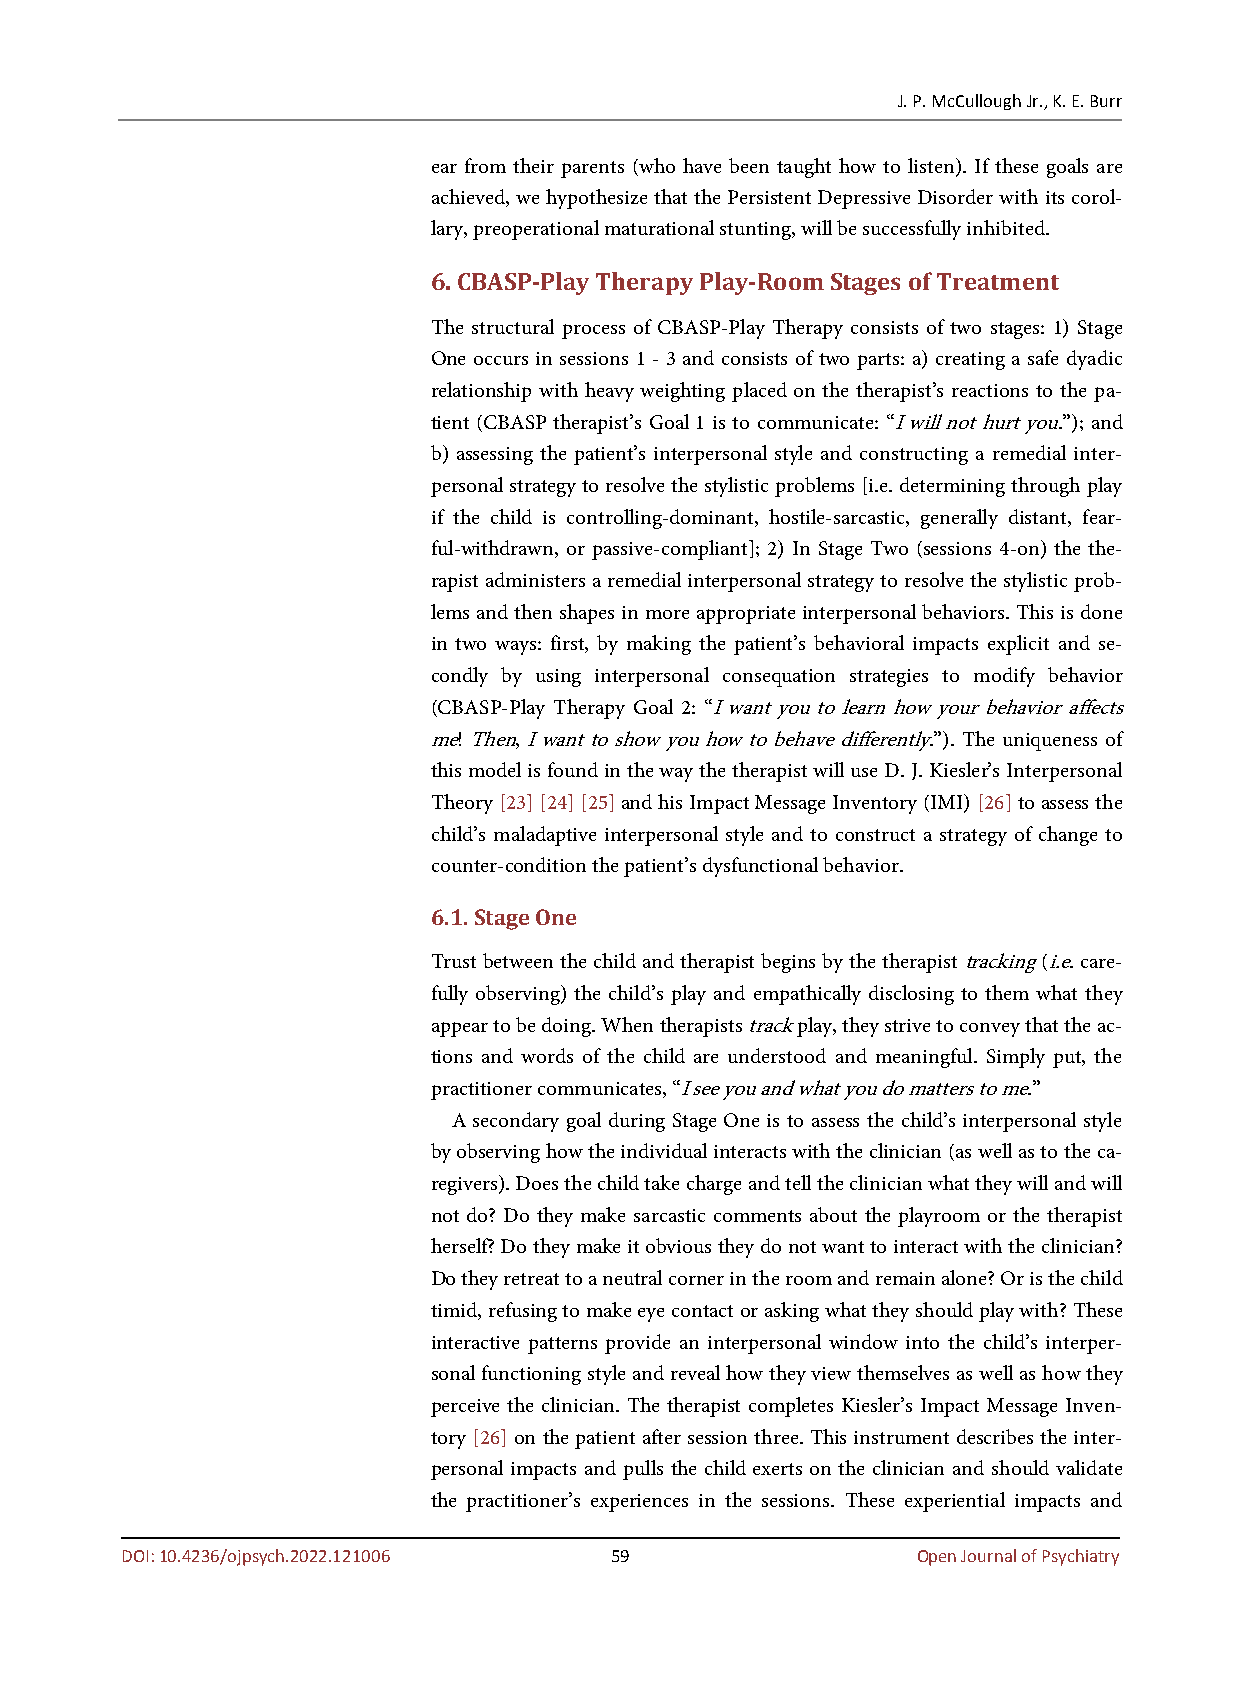
J. P. McCullough Jr., K. E. Burr
 ear from their parents (who have been taught how to listen). If these goals are
 achieved, we hypothesize that the Persistent Depressive Disorder with its corol-
 lary, preoperational maturational stunting, will be successfully inhibited.
 6. CBASP-Play Therapy Play-Room Stages of Treatment
 The structural process of CBASP-Play Therapy consists of two stages: 1) Stage
 One occurs in sessions 1 - 3 and consists of two parts: a) creating a safe dyadic
 relationship with heavy weighting placed on the therapist’s reactions to the pa-
 tient (CBASP therapist’s Goal 1 is to communicate: “I will not hurt you.”); and
 b) assessing the patient’s interpersonal style and constructing a remedial inter-
 personal strategy to resolve the stylistic problems [i.e. determining through play
 if the child is controlling-dominant, hostile-sarcastic, generally distant, fear-
 ful-withdrawn, or passive-compliant]; 2) In Stage Two (sessions 4-on) the the-
 rapist administers a remedial interpersonal strategy to resolve the stylistic prob-
 lems and then shapes in more appropriate interpersonal behaviors. This is done
 in two ways: first, by making the patient’s behavioral impacts explicit and se-
 condly by using interpersonal consequation strategies to modify behavior
 (CBASP-Play Therapy Goal 2: “I want you to learn how your behavior affects
 me! Then, I want to show you how to behave differently.”). The uniqueness of
 this model is found in the way the therapist will use D. J. Kiesler’s Interpersonal
 Theory [23] [24] [25] and his Impact Message Inventory (IMI) [26] to assess the
 child’s maladaptive interpersonal style and to construct a strategy of change to
 counter-condition the patient’s dysfunctional behavior.
 6.1. Stage One
 Trust between the child and therapist begins by the therapist tracking (i.e. care-
 fully observing) the child’s play and empathically disclosing to them what they
 appear to be doing. When therapists track play, they strive to convey that the ac-
 tions and words of the child are understood and meaningful. Simply put, the
 practitioner communicates, “I see you and what you do matters to me.”
 A secondary goal during Stage One is to assess the child’s interpersonal style
 by observing how the individual interacts with the clinician (as well as to the ca-
 regivers). Does the child take charge and tell the clinician what they will and will
 not do? Do they make sarcastic comments about the playroom or the therapist
 herself? Do they make it obvious they do not want to interact with the clinician?
 Do they retreat to a neutral corner in the room and remain alone? Or is the child
 timid, refusing to make eye contact or asking what they should play with? These
 interactive patterns provide an interpersonal window into the child’s interper-
 sonal functioning style and reveal how they view themselves as well as how they
 perceive the clinician. The therapist completes Kiesler’s Impact Message Inven-
 tory [26] on the patient after session three. This instrument describes the inter-
 personal impacts and pulls the child exerts on the clinician and should validate
 the practitioner’s experiences in the sessions. These experiential impacts and
 DOI: 10.4236/ojpsych.2022.121006 59                  Open Journal of Psychiatry